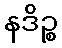
နဒိဉ္စ